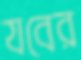
যবের